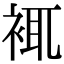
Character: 𧚊